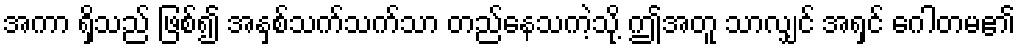
အကာ ရှိသည် ဖြစ်၍ အနှစ်သက်သက်သာ တည်နေသကဲ့သို့ ဤအတူ သာလျှင် အရှင် ဂေါတမ၏